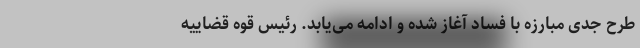
طرح جدی مبارزه با فساد آغاز شده و ادامه می‌یابد. رئیس قوه قضاییه